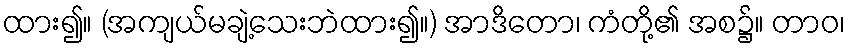
ထား၍။ (အကျယ်မချဲ့သေးဘဲထား၍။) အာဒိတော၊ ကံတို့၏ အစ၌။ တာဝ၊